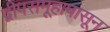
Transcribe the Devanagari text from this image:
द्वीपसमूहापासून